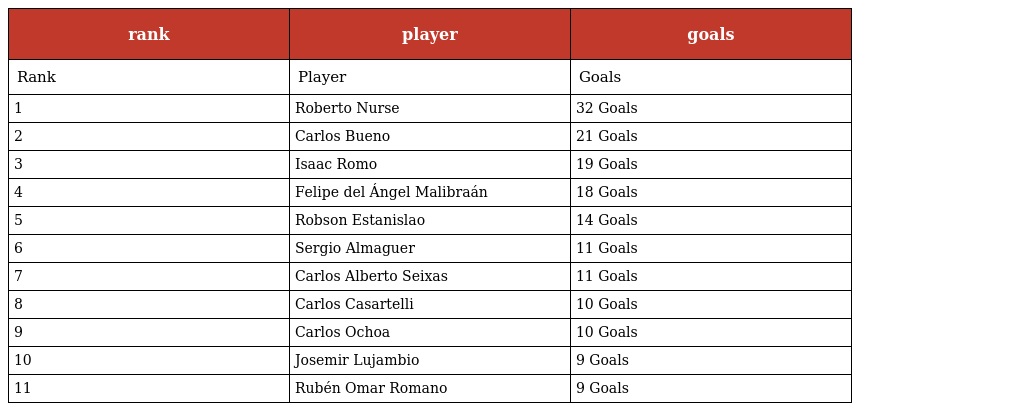
| rank | player | goals |
 | --- | --- | --- |
 | Rank | Player | Goals |
 | 1 | Roberto Nurse | 32 Goals |
 | 2 | Carlos Bueno | 21 Goals |
 | 3 | Isaac Romo | 19 Goals |
 | 4 | Felipe del Ángel Malibraán | 18 Goals |
 | 5 | Robson Estanislao | 14 Goals |
 | 6 | Sergio Almaguer | 11 Goals |
 | 7 | Carlos Alberto Seixas | 11 Goals |
 | 8 | Carlos Casartelli | 10 Goals |
 | 9 | Carlos Ochoa | 10 Goals |
 | 10 | Josemir Lujambio | 9 Goals |
 | 11 | Rubén Omar Romano | 9 Goals |